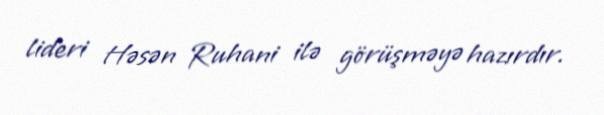
lideri Həsən Ruhani ilə görüşməyə hazırdır.